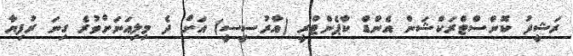
ރަޝީދު ކޮންސްޓްރަކްޝަން އެންޑް ކާޕެންޓްރީ (އާރުސީސީ) އަށް ދެ މިލިއަނަށްވުރެ ގިނަ ރުފިޔާ